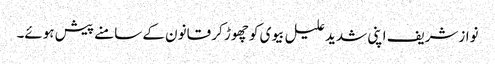
نوازشریف اپنی شدید علیل بیوی کو چھوڑ کر قانون کے سامنے پیش ہوئے۔